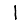
Digit: 1